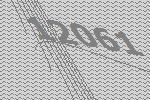
12061